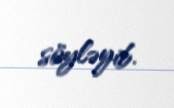
söyləyib.